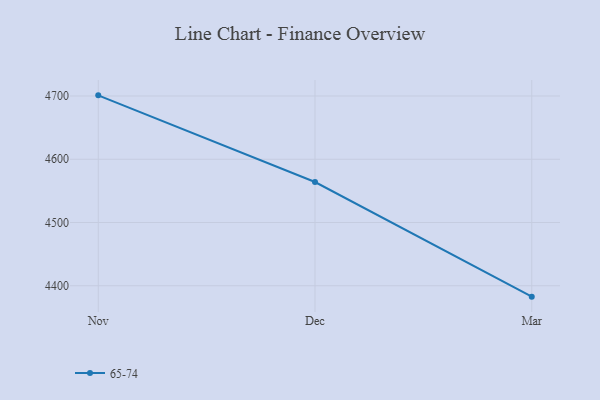
{"axis": {"x": "Month", "y": "Latency (ms)"}, "legend": ["65-74"], "data": [{"x": "Nov", "y": 4701.0, "type": "65-74"}, {"x": "Dec", "y": 4564.0, "type": "65-74"}, {"x": "Mar", "y": 4382.8, "type": "65-74"}]}